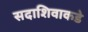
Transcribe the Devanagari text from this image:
सदाशिवाकडे